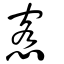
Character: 愙